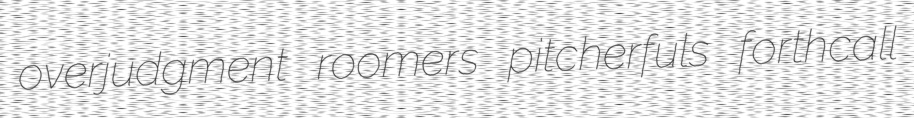
overjudgment roomers pitcherfuls forthcall